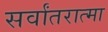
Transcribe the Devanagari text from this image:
सर्वांतरात्मा